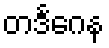
တဒင်္ဂေန